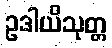
ဥဒါယိသုတ္တ